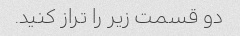
دو قسمت زیر را تراز کنید.